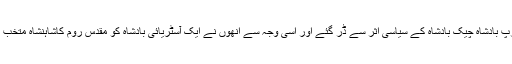
یورپ بادشاہ چیک بادشاہ کے سیاسی اثر سے ڈر گئے اور اسی وجہ سے انھوں نے ایک آسٹریائی بادشاہ کو مقدس روم کاشاہنشاہ متخب کیا۔